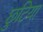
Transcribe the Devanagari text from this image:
छुटिया